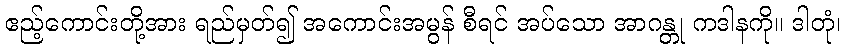
ဧည့်ကောင်းတို့အား ရည်မှတ်၍ အကောင်းအမွန် စီရင် အပ်သော အာဂန္တု ကဒါနကို။ ဒါတုံ၊